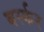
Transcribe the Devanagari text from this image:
बर्स्कर